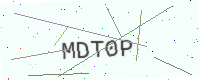
Text: MDT0P